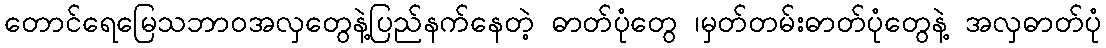
တောင်ရေမြေသဘာ၀အလှတွေနဲ့ပြည်နက်နေတဲ့ ဓာတ်ပုံတွေ ၊မှတ်တမ်းဓာတ်ပုံတွေနဲ့ အလှဓာတ်ပုံ